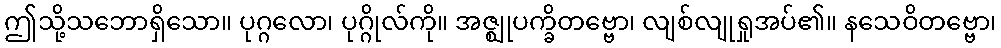
ဤသို့သဘောရှိသော။ ပုဂ္ဂလော၊ ပုဂ္ဂိုလ်ကို။ အဇ္ဈုပက္ခိတဗ္ဗော၊ လျစ်လျုရှုအပ်၏။ နသေဝိတဗ္ဗော၊